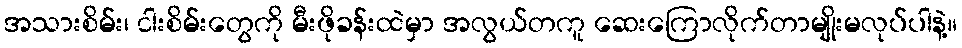
အသားစိမ်း၊ ငါးစိမ်းတွေကို မီးဖိုခန်းထဲမှာ အလွယ်တကူ ဆေးကြောလိုက်တာမျိုးမလုပ်ပါနဲ့။